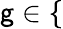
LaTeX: \mathsf{g}\in\{